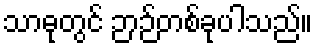
သာဓုတွင် ဉာဉ်တစ်ခုပါသည်။